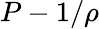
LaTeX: P-1/\rho